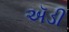
ઍડી